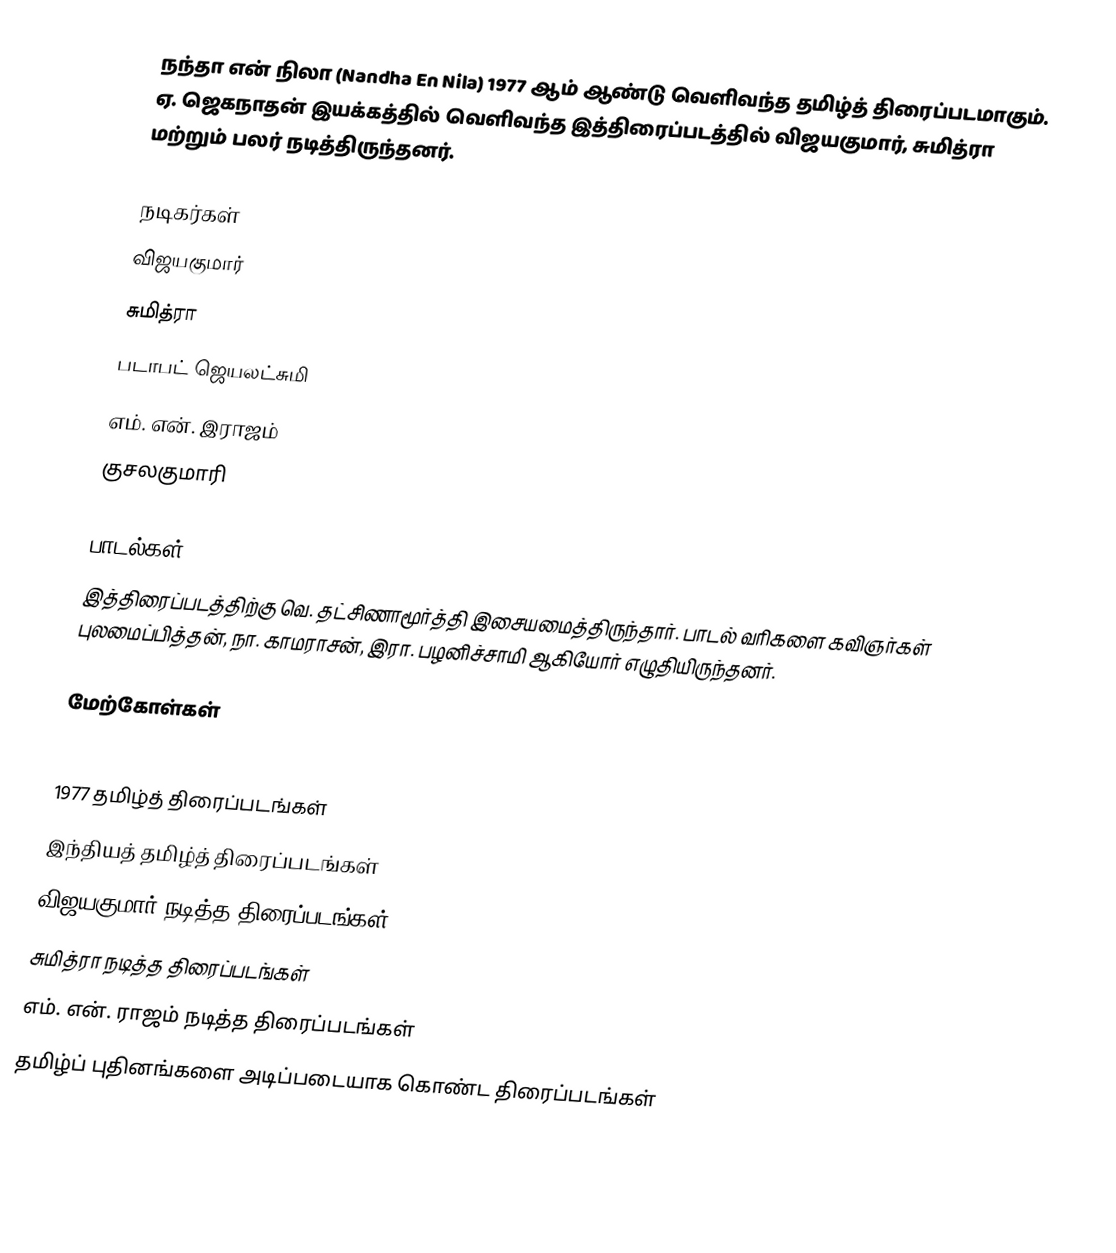
நந்தா என் நிலா (Nandha En Nila) 1977 ஆம் ஆண்டு வெளிவந்த தமிழ்த் திரைப்படமாகும். ஏ. ஜெகநாதன் இயக்கத்தில் வெளிவந்த இத்திரைப்படத்தில் விஜயகுமார், சுமித்ரா மற்றும் பலர் நடித்திருந்தனர்.

நடிகர்கள்
 விஜயகுமார்
 சுமித்ரா
 படாபட் ஜெயலட்சுமி
 எம். என். இராஜம்
 குசலகுமாரி

பாடல்கள்
இத்திரைப்படத்திற்கு வெ. தட்சிணாமூர்த்தி இசையமைத்திருந்தார். பாடல் வரிகளை கவிஞர்கள் புலமைப்பித்தன், நா. காமராசன், இரா. பழனிச்சாமி ஆகியோர் எழுதியிருந்தனர்.

மேற்கோள்கள்

1977 தமிழ்த் திரைப்படங்கள்
இந்தியத் தமிழ்த் திரைப்படங்கள்
விஜயகுமார் நடித்த திரைப்படங்கள்
சுமித்ரா நடித்த திரைப்படங்கள்
எம். என். ராஜம் நடித்த திரைப்படங்கள்
தமிழ்ப் புதினங்களை அடிப்படையாக கொண்ட திரைப்படங்கள்